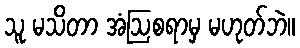
သူ မသိတာ အံဩစရာမှ မဟုတ်ဘဲ။